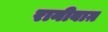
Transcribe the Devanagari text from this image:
रानीबाग़